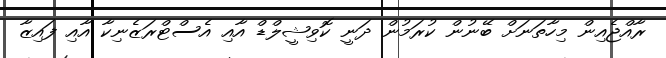
ރާއްޖެއިން މިހާތަނަށް ބޭނުން ކުރަމުން ދަނީ ކޮވިޝީލްޑް އާއި އެސްޓްރަޒެނިކާ އާއި ފައިޒާ